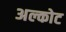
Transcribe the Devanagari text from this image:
अल्कोट